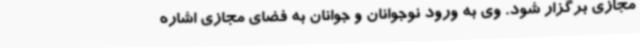
مجازی برگزار شود. وی به ورود نوجوانان و جوانان به فضای مجازی اشاره